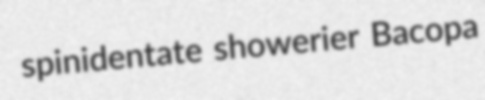
spinidentate showerier Bacopa